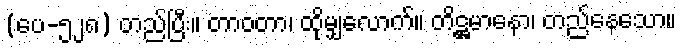
(ပေ-၅၂၈) တည်ပြီး။ တာဝတာ၊ ထိုမျှလောက်။ တိဋ္ဌမာနော၊ တည်နေသော။